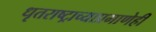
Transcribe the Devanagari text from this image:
धृतराष्ट्राच्याप्रमाणेही